Vabadussoja_Ajaloo_Komitee, lk 6
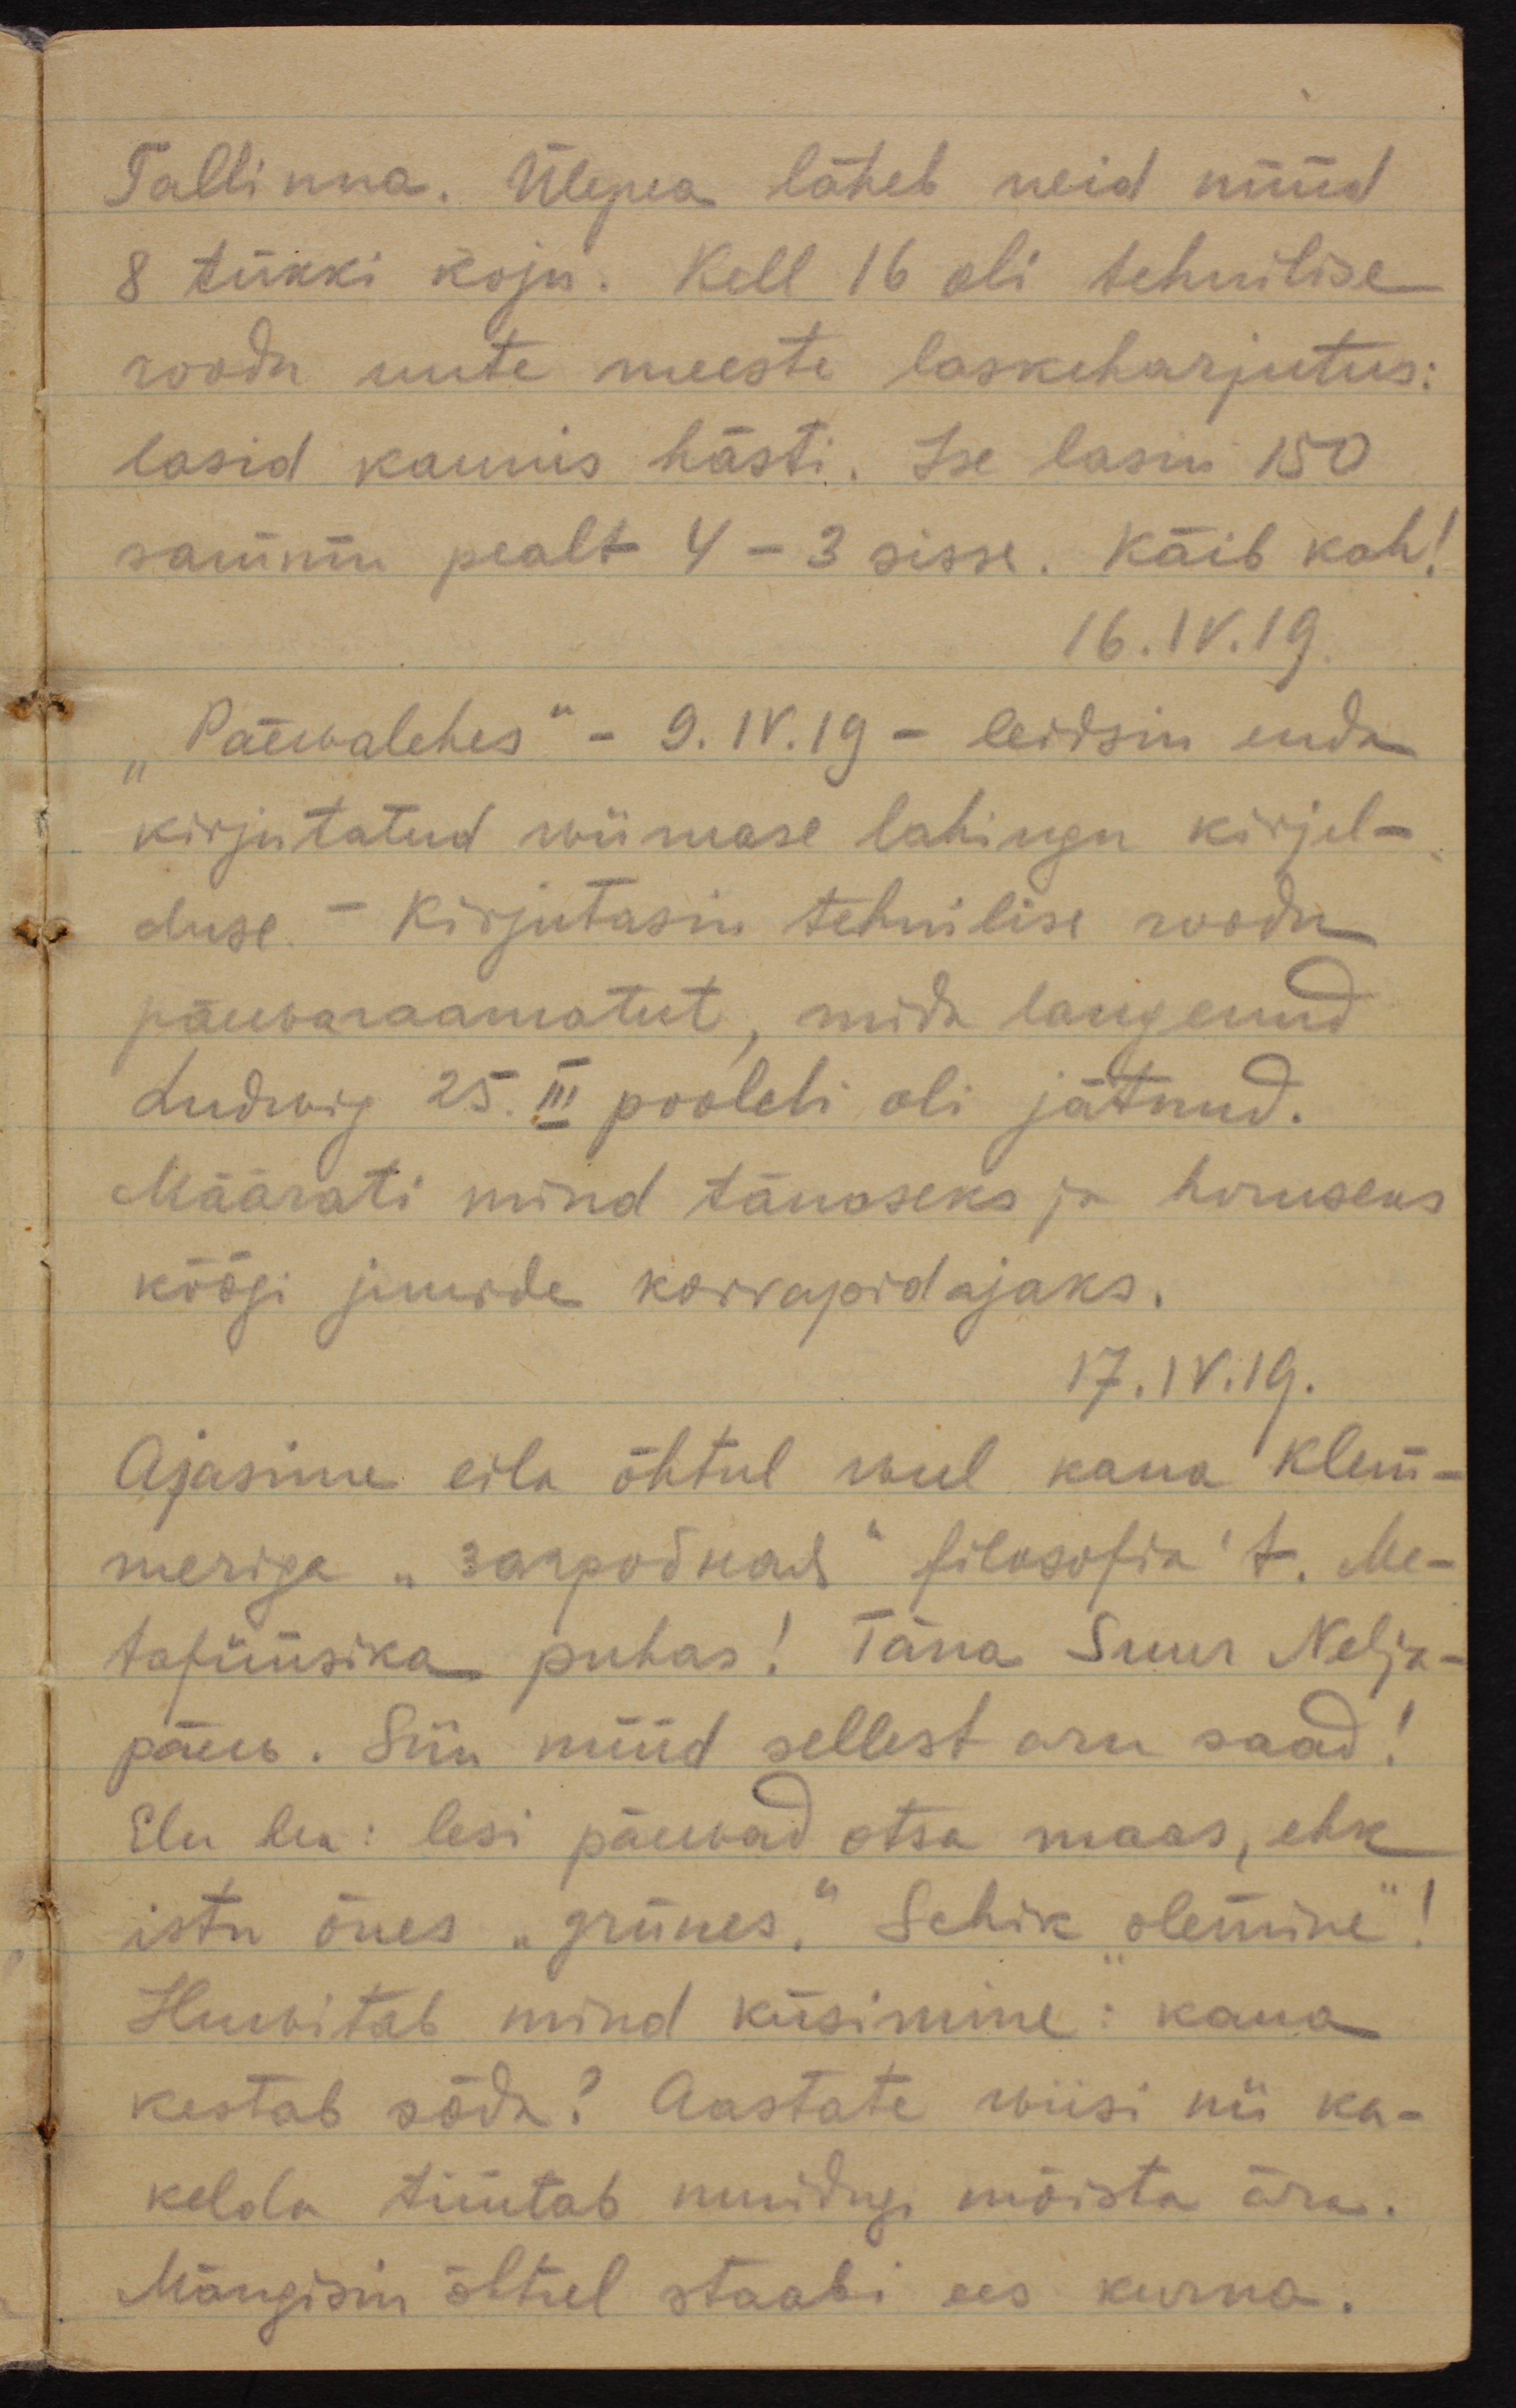
Tallinna. Ülepea läheb meid nüüd
8 tükki koju. Kell 16 oli tehnilise
roodu uute meeste laskeharjutusi
lasid kaunis hästi. Ise lasin 150
sammu pealt 4 - 3 sisse. Käib kah!
16.IV.19.
Päevalehes" - 9.IV.19 - leidsin enda
kirjutatud wiimase lahingu kirjel-
duse. - Kirjutasin tehnilise roodu
päewaraamatut, mida langenud
Ludwig 25.III pooleli oli jätnud.
Määrati mind tänaseks ja homseks
köögi juurde korrapidajaks.
17.IV.19.
Ajasime eila õhtul weel kaua Klem-
meriga "запродная" filosofia´t. Me-
tafüüsika puhas! Täna Suur Nelja-
päev. Siin nüüd sellest aru saad!
Elu hea: lesi päewad otsa maas, ehk
istu õues "grünes". Sehik "olemine"!
Huwitab mind küsimine: kaua
kestab sõda? Aastate viisi nii ka-
kelda tüütab muidugi mõista ära.
Mängisin õhtul staabi ees kurna.